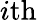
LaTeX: i\mathrm{th}